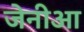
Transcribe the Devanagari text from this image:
जेनीआ